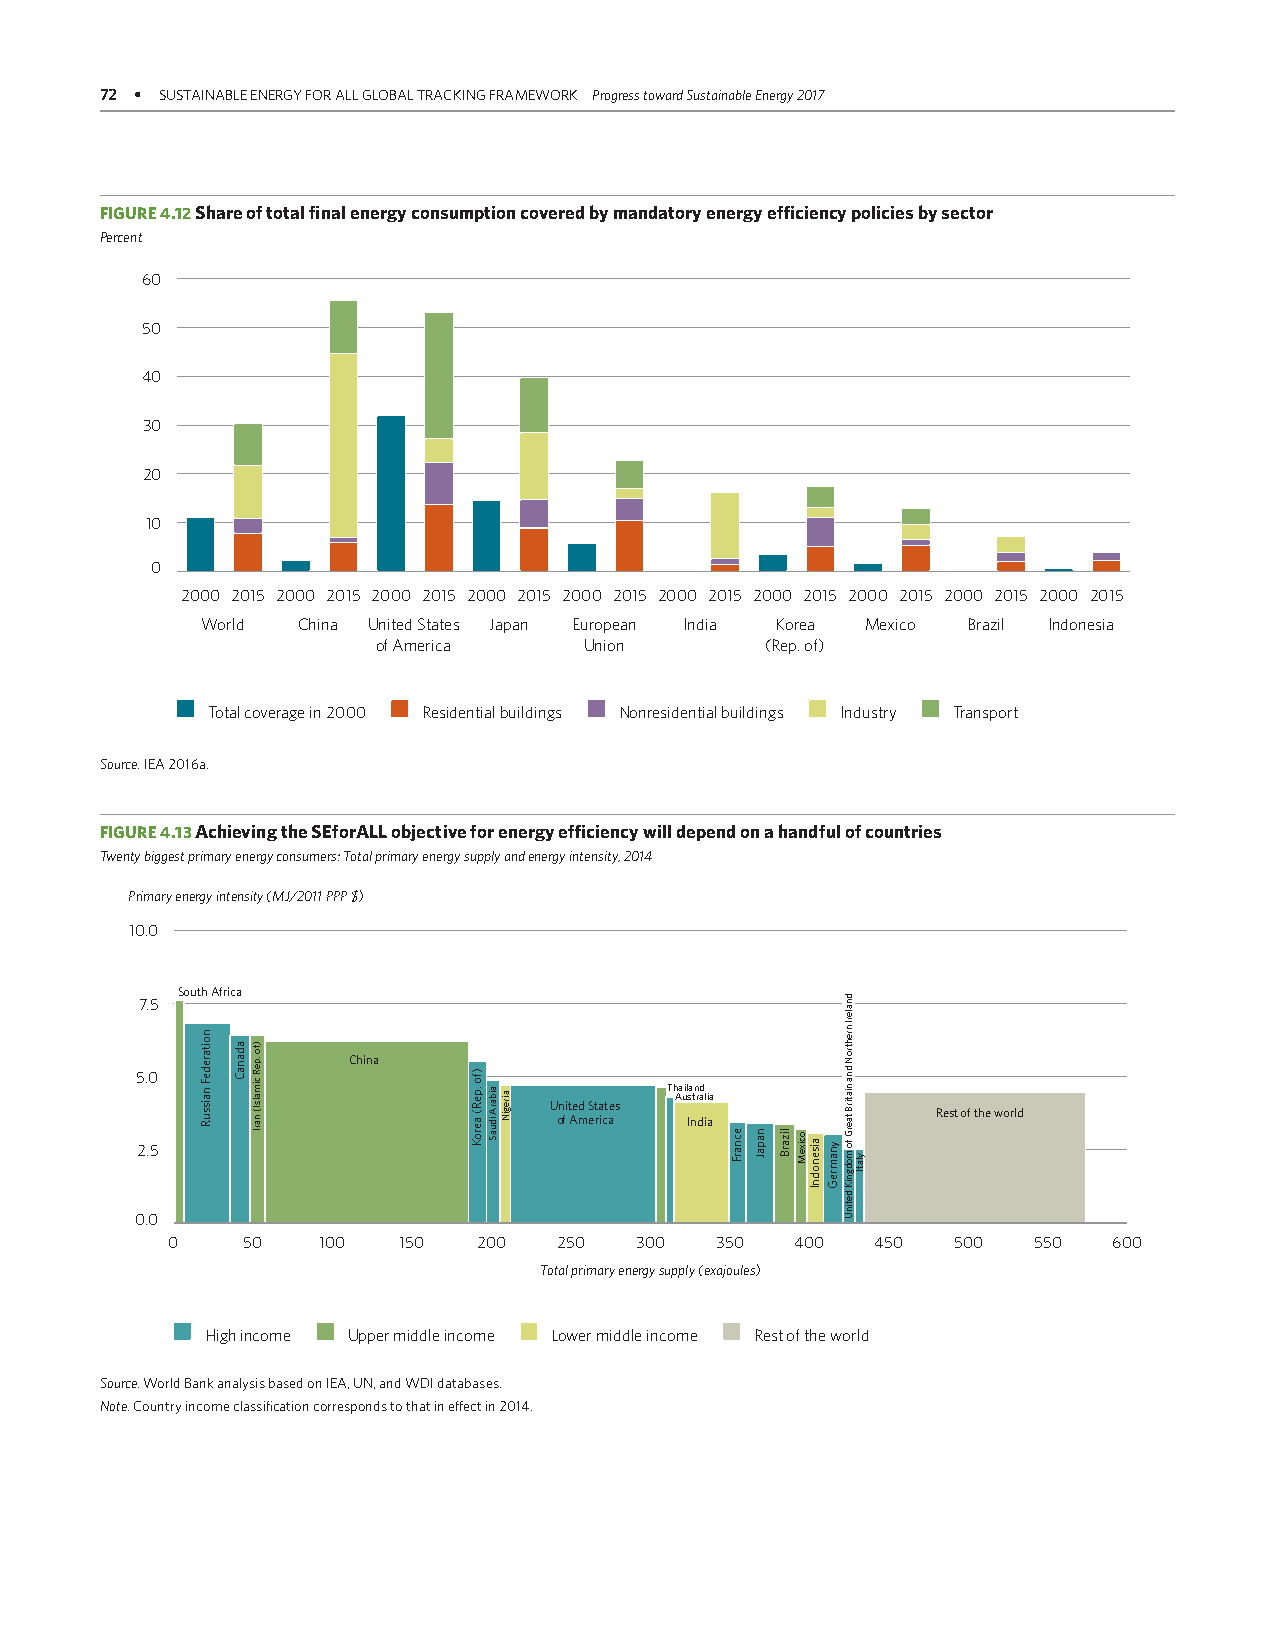
72 • SUSTAINABLE ENERGY FOR ALL GLOBAL TRACKING FRAMEWORK Progress toward Sustainable Energy 2017
 FIGURE 4.12 Share of total final energy consumption covered by mandatory energy efficiency policies by sector
 Percent
 60
 50
 40
 30
 20
 10
 0
 2000 2015 2000 2015 2000 2015 2000 2015 2000 2015 2000 2015 2000 2015 2000 2015 2000 2015 2000 2015
 World  China United States Japan European India Korea Mexico Brazil Indonesia
 of America    Union       (Rep. of)
 Total coverage in 2000 Residential buildings Nonresidential buildings Industry Transport
 Source: IEA 2016a.
 FIGURE 4.13 Achieving the SEforALL objective for energy efficiency will depend on a handful of countries
 Twenty biggest primary energy consumers: Total primary energy supply and energy intensity, 2014
 Primary energy intensity (MJ/2011 PPP $)
 10.0
 South Africa
 7.5
 China
 5.0
 Thailand Australia
 United States
 Rest of the world of America India
 2.5
 0.0
 0    50   100  150   200  250  300  350   400  450  500  550   600
 Total primary energy supply (exajoules)
 High income Upper middle income Lower middle income Rest of the world
 Source: World Bank analysis based on IEA, UN, and WDI databases.
 Note: Country income classification corresponds to that in effect in 2014.
 noitaredeF
 naissuR
 adanaC )fo
 .peR
 cimalsI(
 narI
 )fo
 .peR(
 aeroK
 aibarA
 iduaS
 airegiN
 ecnarF napaJ lizarB ocixeM aisenodnI ynamreG
 dnalerI
 nrehtroN
 dna
 niatirB
 taerG
 fo
 modgniK
 detinU
 ylatI